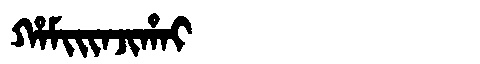
Manchu: ᡥᠠᠮᡳᡳᠨᠵᡳᡥᠠᡳ
Romanization: HAMIINJIHAI